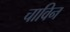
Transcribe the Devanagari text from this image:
चाविन